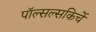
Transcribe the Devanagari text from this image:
पॉल्सल्सकिर्चे